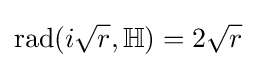
\operatorname {rad} (i{\sqrt {r}},\mathbb {H} )=2{\sqrt {r}}